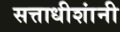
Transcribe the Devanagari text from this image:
सत्ताधीशांनी